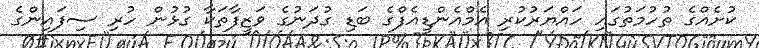
ކުށެއްގެ ތުހުމަތުގައި ހައްޔަރުކުރި އެމްއެންޑީއެފްގެ ބަޑި ގުދަނުގެ ވަޒީފާތަކާ ގުޅުން ހުރި ސިފައިންގެ